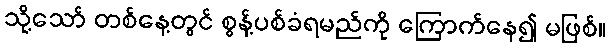
သို့သော် တစ်နေ့တွင် စွန့်ပစ်ခံရမည်ကို ကြောက်နေ၍ မဖြစ်။